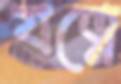
যত্নে